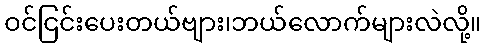
ဝင်ငြင်းပေးတယ်ဗျား၊ဘယ်လောက်များလဲလို့။